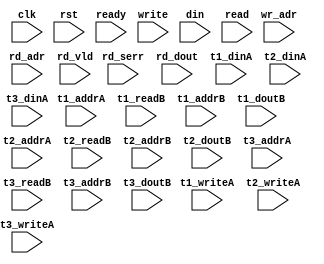
module algo_2r2w_a5_sva_wrap

#(parameter IP_WIDTH = 32, parameter IP_BITWIDTH = 5, parameter IP_NUMADDR = 8192, parameter IP_BITADDR = 13, parameter IP_NUMVBNK = 8, parameter IP_BITVBNK = 3, parameter IP_ECCBITS = 4, parameter IP_ECCDWIDTH = 4,
parameter T1_WIDTH = 32, parameter T1_NUMVBNK = 16, parameter T1_BITVBNK = 4, parameter T1_DELAY = 1, parameter T1_NUMVROW = 1024, parameter T1_BITVROW = 10, 
parameter T2_WIDTH = 32, parameter T2_NUMVBNK = 3, parameter T2_BITVBNK = 2, parameter T2_DELAY = 1, parameter T2_NUMVROW = 1024, parameter T2_BITVROW = 10,
parameter T3_WIDTH = 12, parameter T3_NUMVBNK = 4, parameter T3_BITVBNK = 2, parameter T3_DELAY = 1, parameter T3_NUMVROW = 1024, parameter T3_BITVROW = 10,
parameter FLOPIN = 0, parameter FLOPMEM = 0, parameter FLOPOUT = 0)
		(clk, rst, ready,
		write, wr_adr, din,
		read, rd_adr, rd_vld, rd_serr, rd_dout,
		t1_writeA, t1_addrA, t1_dinA, t1_readB, t1_addrB, t1_doutB,
		t2_writeA, t2_addrA, t2_dinA, t2_readB, t2_addrB, t2_doutB,
		t3_writeA, t3_addrA, t3_dinA, t3_readB, t3_addrB, t3_doutB);
		
  parameter WIDTH = IP_WIDTH;
  parameter BITWDTH = IP_BITWIDTH;
  parameter NUMADDR = IP_NUMADDR;
  parameter BITADDR = IP_BITADDR;
  parameter NUMVROW = T1_NUMVROW;
  parameter BITVROW = T1_BITVROW;
  parameter NUMVBNK = IP_NUMVBNK;
  parameter BITVBNK = IP_BITVBNK;
  parameter ECCDWIDTH = IP_ECCDWIDTH;
  parameter ECCBITS = IP_ECCBITS;
  parameter SRAM_DELAY = T1_DELAY;

  parameter NUMRPRT = 2;
  parameter SDOUT_WIDTH = 2*(BITVBNK+1)+ECCBITS;

  input [2-1:0]                        write;
  input [2*BITADDR-1:0]                wr_adr;
  input [2*WIDTH-1:0]                  din;

  input [NUMRPRT-1:0]                  read;
  input [NUMRPRT*BITADDR-1:0]          rd_adr;
  input [NUMRPRT-1:0]                 rd_vld;
  input [NUMRPRT-1:0]                 rd_serr;
  input [NUMRPRT*WIDTH-1:0]           rd_dout;

  input                               ready;
  input                                clk, rst;

  input [NUMRPRT*NUMVBNK-1:0] t1_writeA;
  input [NUMRPRT*NUMVBNK*BITVROW-1:0] t1_addrA;
  input [NUMRPRT*NUMVBNK*WIDTH-1:0] t1_dinA;
  input [NUMRPRT*NUMVBNK-1:0] t1_readB;
  input [NUMRPRT*NUMVBNK*BITVROW-1:0] t1_addrB;
  input [NUMRPRT*NUMVBNK*WIDTH-1:0] t1_doutB;

  input [(NUMRPRT+1)-1:0] t2_writeA;
  input [(NUMRPRT+1)*BITVROW-1:0] t2_addrA;
  input [(NUMRPRT+1)*WIDTH-1:0] t2_dinA;
  input [(NUMRPRT+1)-1:0] t2_readB;
  input [(NUMRPRT+1)*BITVROW-1:0] t2_addrB;
  input [(NUMRPRT+1)*WIDTH-1:0] t2_doutB;

  input [(NUMRPRT+2)-1:0] t3_writeA;
  input [(NUMRPRT+2)*BITVROW-1:0] t3_addrA;
  input [(NUMRPRT+2)*SDOUT_WIDTH-1:0] t3_dinA;
  input [(NUMRPRT+2)-1:0] t3_readB;
  input [(NUMRPRT+2)*BITVROW-1:0] t3_addrB;
  input [(NUMRPRT+2)*SDOUT_WIDTH-1:0] t3_doutB;

endmodule